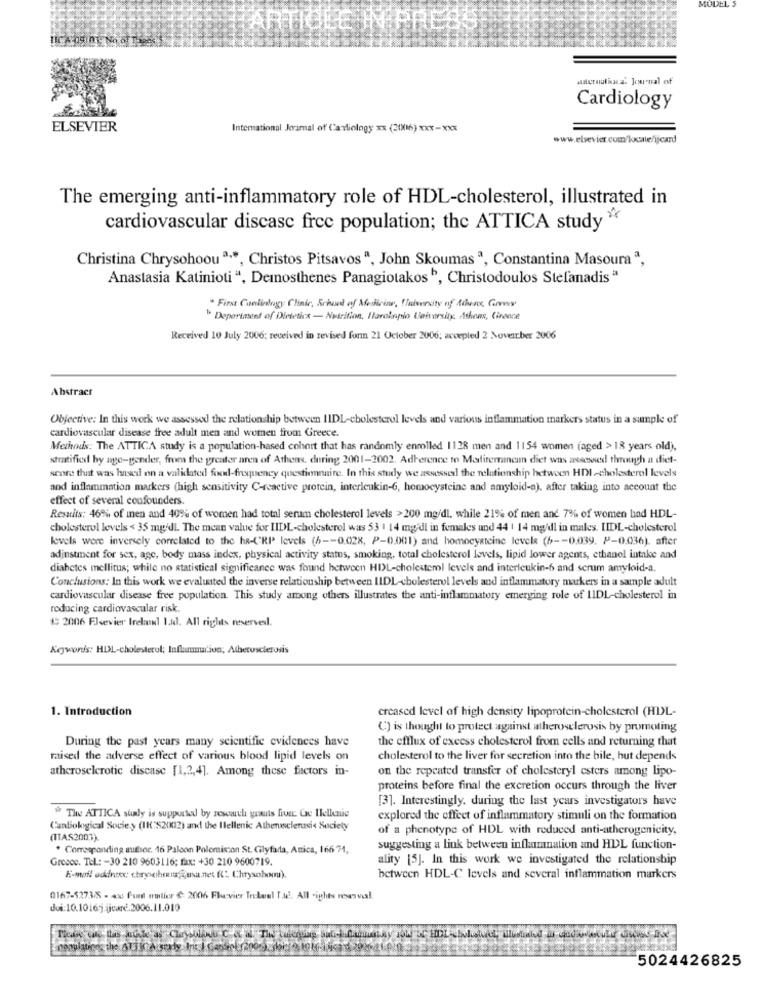
MODEL S
waternational Journal of
Cardiology
ELSEVIER
International Joramal of Cardiology xx (2006) ***- xxx
www.elsevier.com/konnte/ijcard
The emerging anti-inflammatory role of HDL-cholesterol, illustrated in
cardiovascular discasc free population; the ATTICA study
Christina Chrysohoou a ·*, Christos Pitsavosa, John Skoumas ª, Constantina Masoura ª,
Anastasia Katinioti “, Demosthenes Panagiotakos ", Christodoulos Stefanadis ª
" First Cunlinlagy Clinic, Schud of Medicine, ! laiversity nf Athens, Govy
" Deperiment of Dietetics - Nutrition, Harolnpio University. Athens, Cirence
Received 10 July 2006; received in revised form 21 October 2006; accepled 2 November 2006
Abstract
Objective: In this work we assessed the relationship between 11DL-cholesterol levels and various inflammation markers status in a sample of
cardiovascular disease free adult men and women from Greece.
Methods: The ATTICA study is a population-based cohort that has randomly enrolled 1128 men and 1154 women (aged > 18 years old),
stratifixl by age-gender, from the greater aren of Athens. during 2001-2002. Adherence to Modfiremincum diet was aresessed through a diet-
score that was based on a validated food-frequency questionnaire. In this study we assessed the relationship between HDI -cholesterol levels
and inflammation markers (high sensitivity C-reactive protein, interleukin-6, homocysteine and amyloid-a), after taking into account the
effect of several confounders.
Results: 46% of inen and 40% of women had total serum cholesterol levels >200 mg/dl. while 21% of men and 7% of women had HDL-
cholesterol levels < 35 mg/dl. The mean value for IIDL-cholesterol was 53 1 14 mg/dl in females and 44 | 14 mg/dl in males. IIDL-cholesterol
levels were inversely correlated to the ha-('RP levels (h -- 0.028, P-0.001) and homocysteine levele (6 -- 0.039. P-0.036). after
adjustment for sex, age, body mass index, physical activity status, smoking, total cholesterol levels, lipid lower agents, ethanol intake and
diabetes mellitus; while no statistical significance was found between HIL-cholesterol levels and interleukin-6 and scrum amyloid-a.
Conclusions: In this work we evaluated the inverse relationship between LIDL-cholesterol levels and inflammatory markers in a sample adult
cardiovascular disease free population. This study among others illustrates the anti-inflammatory emerging role of LIDL-cholesterol in
reducing cardiovascular risk.
# 2006 Elsevier Irelol I.d. All rights reservedl.
Ægwords: HDL-cholesterol; Inflammation; Atherosclerosis
1. Introduction
creased level of high density lipoprotein-cholesterol (HDL-
C) is thought to protect against atherosclerosis by promoting
During the past years many scientific evidences have
the efflux of excess cholesterol from cells and returning that
maised the adverse effect of various blood lipid levels on
cholesterol to the liver for secretion into the bile, hut depends
atheroselerotic disease [1,2,4]. Among these factors in-
on the repeated transfer of cholesteryl esters among lipo-
proteins before final the excretion occurs through the liver
[3]. Interestingly. during the last years investigators have
* The ATTICA sualy is supported by research grants five Ce Mellnie
explored the effect of inflammatory stimuli on the formation
Candiokygical Socie.y (IK:S201012) and the Ilellenic Athenwsclerosis Society
of a phenotype of HDL with reduced anti-atherogenicity,
(11AS2003)
. Corresponding authsor. 16 Paloon Polemiscon St. Glyfada, Anica, 166 74,
suggesting a link between inflammation and HDL function-
Greece. Tel .: - 30 210 9603116; fax: +30 210 9600719.
ality [5]. In this work we investigated the relationship
E-mail oddnews: chrysohos@usa.net (C" Chrysohom).
between HDL-C levels and several inflammation markers
0167-5273/8 - 4x Fundt mutier €: 2006 Flevier Treleel Ts. All -ights rosasvial.
doi:10.1016jjjcard.2006.11.010
5024426825